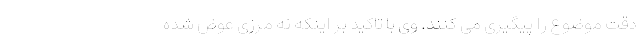
دقت موضوع را پیگیری می کنند. وی با تاکید بر اینکه نه مرزی عوض شده